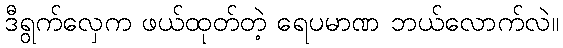
ဒီရွက်လှေက ဖယ်ထုတ်တဲ့ ရေပမာဏ ဘယ်လောက်လဲ။